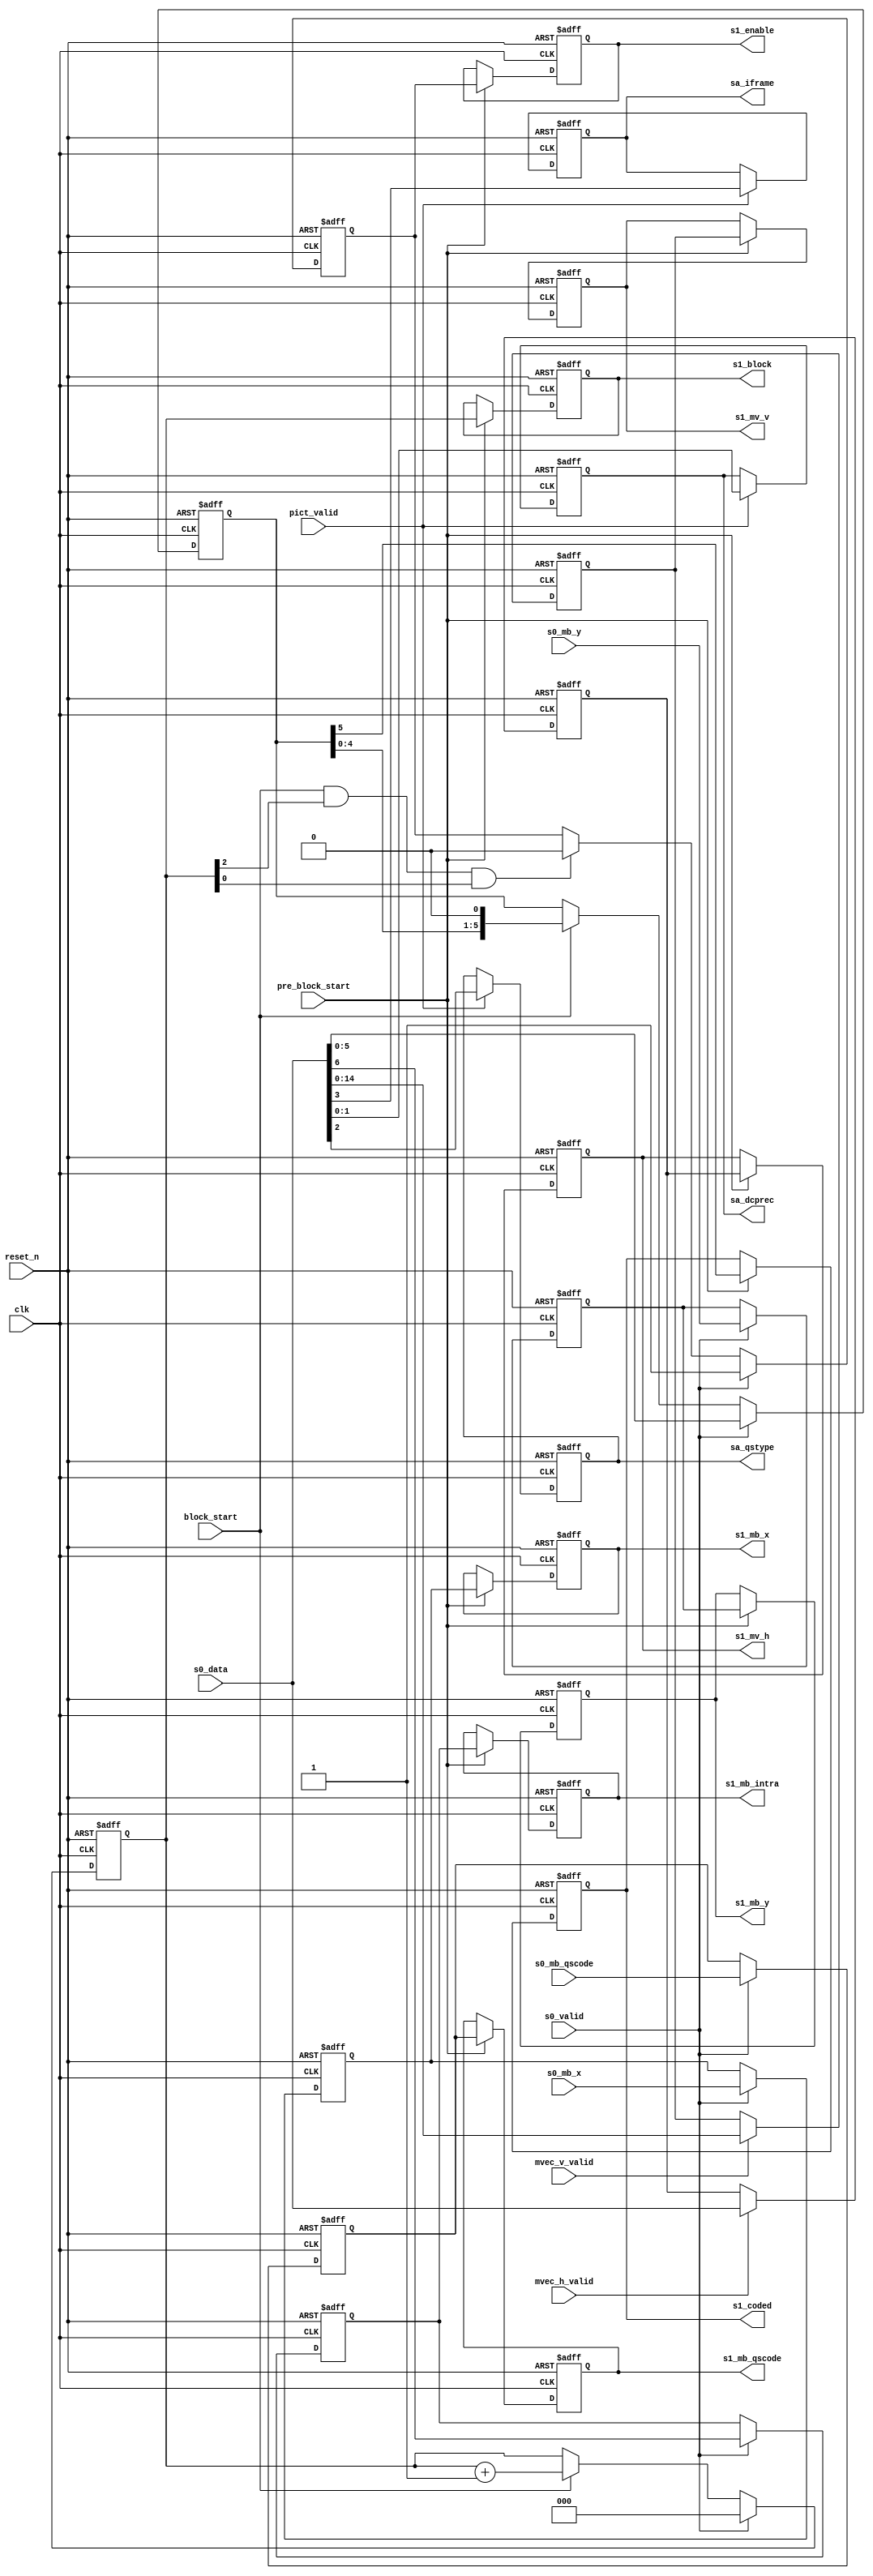
module m2vside1 #(
	parameter
	MVH_WIDTH = 16,
	MVV_WIDTH = 15,
	MBX_WIDTH = 6,
	MBY_WIDTH = 5
) (
	// common
	input        clk,
	input        reset_n,

	// from m2vctrl
	input [(MVH_WIDTH-1):0] s0_data,
	input        pict_valid,		// {qstype,dcprec}
	input        mvec_h_valid,
	input        mvec_v_valid,
	input        s0_valid,			// {mb_intra,pattern}
	input [(MBX_WIDTH-1):0] s0_mb_x,
	input [(MBY_WIDTH-1):0] s0_mb_y,
	input  [4:0] s0_mb_qscode,

	// from m2vctrl
	input        pre_block_start,
	input        block_start,

	// to all modules
	output [1:0] sa_dcprec,
	output       sa_qstype,
	output       sa_iframe,

	// to m2visdq, m2vside2
	output [(MVH_WIDTH-1):0] s1_mv_h,
	output [(MVV_WIDTH-1):0] s1_mv_v,
	output [(MBX_WIDTH-1):0] s1_mb_x,
	output [(MBY_WIDTH-1):0] s1_mb_y,
	output [4:0] s1_mb_qscode,
	output       s1_mb_intra,
	output [2:0] s1_block,
	output       s1_coded,
	output       s1_enable
);

//--------------------------------------------------------------------------------
// Common (All stages)
//
reg       sa_iframe_r;
reg [1:0] sa_dcprec_r;
reg       sa_qstype_r;

// {{{
always @(posedge clk or negedge reset_n)
	if(~reset_n)
		{sa_iframe_r, sa_qstype_r, sa_dcprec_r} <= 4'd0;
	else if(pict_valid)
		{sa_iframe_r, sa_qstype_r, sa_dcprec_r} <= s0_data[3:0];

assign sa_iframe = sa_iframe_r;
assign sa_dcprec = sa_dcprec_r;
assign sa_qstype = sa_qstype_r;
// }}}

//--------------------------------------------------------------------------------
// Stage 0 (Latched by xxx_valid/xxx_start pulses)
//
reg [(MVH_WIDTH-1):0] s0_mv_h_r;
reg [(MVV_WIDTH-1):0] s0_mv_v_r;
reg [(MBX_WIDTH-1):0] s0_mb_x_r;
reg [(MBY_WIDTH-1):0] s0_mb_y_r;
reg       s0_mb_intra_r;
reg [4:0] s0_mb_qscode_r;
reg [5:0] s0_pattern_r;
reg [2:0] s0_block_r;
reg       s0_enable_r;

// {{{
always @(posedge clk or negedge reset_n)
	if(~reset_n)
		s0_mv_h_r <= 0;
	else if(mvec_h_valid)
		s0_mv_h_r <= s0_data[(MVH_WIDTH-1):0];

always @(posedge clk or negedge reset_n)
	if(~reset_n)
		s0_mv_v_r <= 0;
	else if(mvec_v_valid)
		s0_mv_v_r <= s0_data[(MVV_WIDTH-1):0];

always @(posedge clk or negedge reset_n)
	if(~reset_n)
		{s0_mb_intra_r, s0_mb_qscode_r, s0_mb_x_r, s0_mb_y_r} <= 0;
	else if(s0_valid)
		{s0_mb_intra_r, s0_mb_qscode_r, s0_mb_x_r, s0_mb_y_r} <=
			{s0_data[6], s0_mb_qscode, s0_mb_x, s0_mb_y};

always @(posedge clk or negedge reset_n)
	if(~reset_n)
		s0_pattern_r <= 6'd0;
	else if(s0_valid)
		s0_pattern_r <= s0_data[5:0];
	else if(block_start)
		s0_pattern_r <= {s0_pattern_r[4:0], 1'b0};

always @(posedge clk or negedge reset_n)
	if(~reset_n)
		s0_block_r <= 3'd0;
	else if(s0_valid)
		s0_block_r <= 3'd0;
	else if(block_start)
		s0_block_r <= s0_block_r + 1'b1;

always @(posedge clk or negedge reset_n)
	if(~reset_n)
		s0_enable_r <= 1'b0;
	else if(s0_valid)
		s0_enable_r <= 1'b1;
	else if(block_start & s0_block_r[2] & s0_block_r[0])
		s0_enable_r <= 1'b0;

assign s0_enable = s0_enable_r;
// }}}

//--------------------------------------------------------------------------------
// Stage 1 (Latched by pre_block_start pules)
//
reg [(MVH_WIDTH-1):0] s1_mv_h_r;
reg [(MVV_WIDTH-1):0] s1_mv_v_r;
reg [(MBX_WIDTH-1):0] s1_mb_x_r;
reg [(MBY_WIDTH-1):0] s1_mb_y_r;
reg       s1_mb_intra_r;
reg [4:0] s1_mb_qscode_r;
reg [2:0] s1_block_r;
reg       s1_coded_r;
reg       s1_enable_r;

// {{{
always @(posedge clk or negedge reset_n)
	if(~reset_n) begin
		s1_mv_h_r      <= 0;
		s1_mv_v_r      <= 0;
		s1_mb_x_r      <= 0;
		s1_mb_y_r      <= 0;
		s1_mb_qscode_r <= 5'd0;
		s1_mb_intra_r  <= 1'b0;
		s1_block_r     <= 3'd0;
		s1_coded_r     <= 1'b0;
		s1_enable_r    <= 1'b0;
	end else if(pre_block_start) begin
		s1_mv_h_r      <= s0_mv_h_r;
		s1_mv_v_r      <= s0_mv_v_r;
		s1_mb_x_r      <= s0_mb_x_r;
		s1_mb_y_r      <= s0_mb_y_r;
		s1_mb_qscode_r <= s0_mb_qscode_r;
		s1_mb_intra_r  <= s0_mb_intra_r;
		s1_block_r     <= s0_block_r;
		s1_coded_r     <= s0_pattern_r[5];
		s1_enable_r    <= s0_enable_r;
	end

assign s1_mv_h = s1_mv_h_r;
assign s1_mv_v = s1_mv_v_r;
assign s1_mb_x = s1_mb_x_r;
assign s1_mb_y = s1_mb_y_r;
assign s1_mb_qscode = s1_mb_qscode_r;
assign s1_mb_intra = s1_mb_intra_r;
assign s1_block = s1_block_r;
assign s1_coded = s1_coded_r;
assign s1_enable = s1_enable_r;
// }}}

endmodule